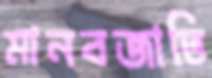
মানবজাতি